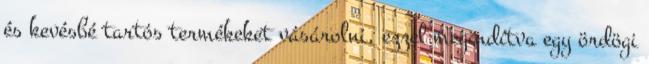
és kevésbé tartós termékeket vásárolni, ezzel megindítva egy ördögi